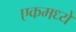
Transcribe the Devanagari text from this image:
एकमध्ये